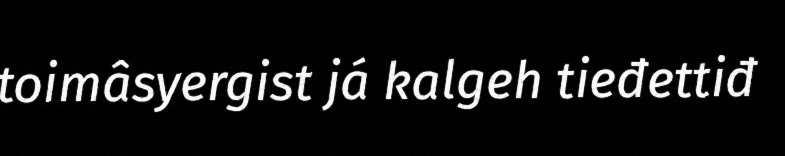
toimâsyergist já kalgeh tieđettiđ